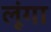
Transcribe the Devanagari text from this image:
लूूंगा